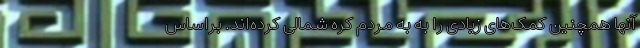
آنها همچنین کمک‌های زیادی را به به مردم کره شمالی کرده‌اند. براساس